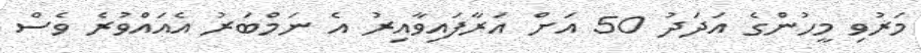
މަރުވި މީހުންގެ އަދަދު 50 އަށް އަރާފައިވާއިރު އެ ނަމްބަރު އެއައްވުރެ ވެސް